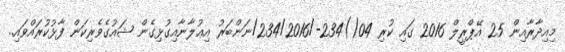
މިއިދާރާއިން 25 އޭޕްރީލް 2016 ގައި ކުރި 04()234-/234/2016/ނަންބަރު އިޢުލާނާއިގުޅިގެން ޝައުގެވެރިކަން ފާޅުކުރައްވައި..